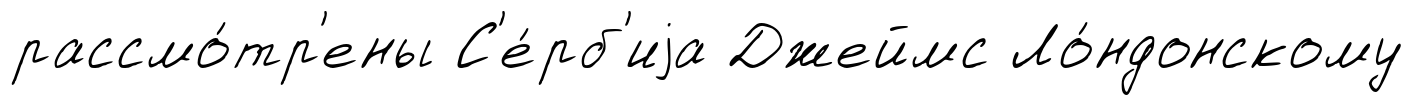
рассмо́тр'ены С'е́рб'иjа Джеймс Ло́ндонскому